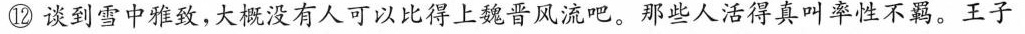
⑫谈到雪中雅致，大概没有人可以比得上魏晋风流吧。那些人活得真叫率性不羁。王子